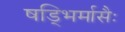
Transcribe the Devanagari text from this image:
षड्भिर्मासैः